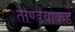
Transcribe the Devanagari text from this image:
ताण्डवाकडे